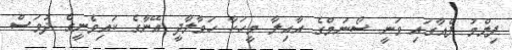
ފިލްމު ފެއާގައި ވަނީ ސޯނަމްގެ އާއިލާ މީހަކާ ހަވާލާދީ އޭނާގެ ކައިވެނީގެ ދުވަސް